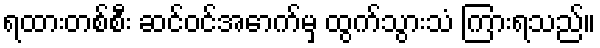
ရထားတစ်စီး ဆင်ဝင်အောက်မှ ထွက်သွားသံ ကြားရသည်။